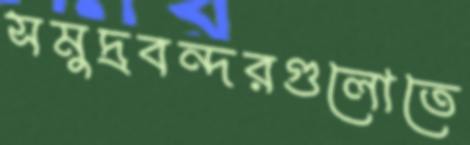
সমুদ্রবন্দরগুলোতে